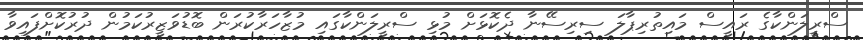
ސްރީލަންކާގެ ރައީސް މައިތުރިޕާލަ ސިރިސޭނާ ދެކޮޅަށް މުޅި ސްރީލަންކާގައި މުޒާހަރާކުރަން ބޮޑުވަޒީރުކަމުން ދުރުކޮށްފައިވާ